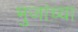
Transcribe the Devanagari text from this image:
भुजांच्या